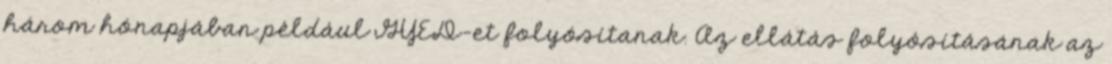
három hónapjában például GYED-et folyósítanak. Az ellátás folyósításának az